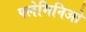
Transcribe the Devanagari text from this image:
फ्लेमिनिओ